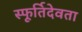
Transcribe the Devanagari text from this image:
स्फूर्तिदेवता